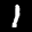
Label: 1